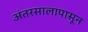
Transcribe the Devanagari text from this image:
अंतरसालापासून